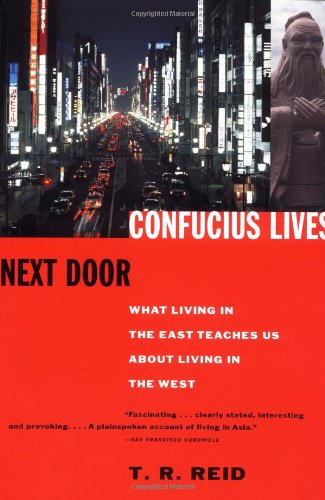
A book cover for Confucius Lives Next Door: What Living in the East Teaches Us About Living in the West; T.R. Reid; History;